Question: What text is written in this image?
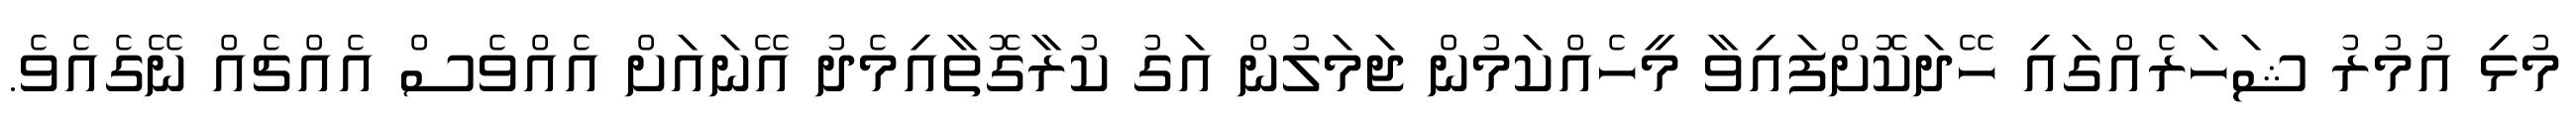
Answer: މުޅި އުމުރު ޝަހަރެއްގައި ހޭދަކޮށްފައިވާ މީހެއްކަމުން ޖަމަލުން އަގު ކުރާގޮތާއިމެދު އޭނައަށް އެއްވެސް އެއްޗެއް ނޭގެއެވެ.